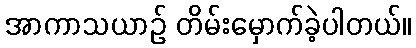
အာကာသယာဉ် တိမ်းမှောက်ခဲ့ပါတယ်။